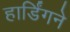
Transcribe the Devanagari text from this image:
हार्डिंगने